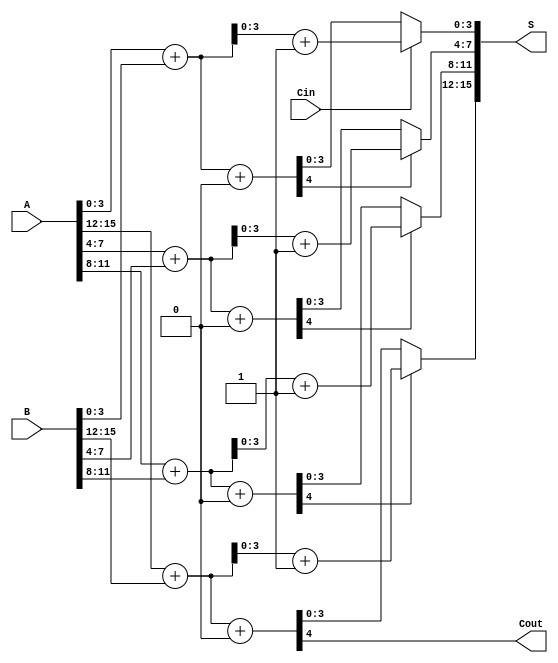
module han_carlson_adder #(parameter N = 16, parameter BLOCK_SIZE = 4) (
    input  [N-1:0] A,
    input  [N-1:0] B,
    input          Cin,
    output [N-1:0] S,
    output         Cout
);
    
    // Number of blocks
    localparam NUM_BLOCKS = N / BLOCK_SIZE;

    // Intermediate signals
    wire [BLOCK_SIZE-1:0] sum0 [0:NUM_BLOCKS-1];
    wire [BLOCK_SIZE-1:0] sum1 [0:NUM_BLOCKS-1];
    wire [NUM_BLOCKS-1:0] carry_out;
    wire [NUM_BLOCKS-1:0] carry_in;

    // Generate carry_in for each block
    assign carry_in[0] = Cin;

    // Generate sums for each block
    genvar i;
    generate
        for (i = 0; i < NUM_BLOCKS; i = i + 1) begin : block
            wire [BLOCK_SIZE-1:0] A_block = A[(i+1)*BLOCK_SIZE-1:i*BLOCK_SIZE];
            wire [BLOCK_SIZE-1:0] B_block = B[(i+1)*BLOCK_SIZE-1:i*BLOCK_SIZE];

            // Compute sum assuming carry-in = 0
            wire [BLOCK_SIZE:0] temp_sum0 = {1'b0, A_block} + {1'b0, B_block} + 1'b0;
            assign sum0[i] = temp_sum0[BLOCK_SIZE-1:0];
            assign carry_out[i] = temp_sum0[BLOCK_SIZE];

            // Compute sum assuming carry-in = 1
            wire [BLOCK_SIZE:0] temp_sum1 = {1'b0, A_block} + {1'b0, B_block} + 1'b1;
            assign sum1[i] = temp_sum1[BLOCK_SIZE-1:0];

            // Select the correct sum based on the carry-in
            if (i < NUM_BLOCKS - 1) begin
                assign carry_in[i + 1] = carry_out[i];
            end
        end
    endgenerate

    // Final sum selection
    generate
        for (i = 0; i < NUM_BLOCKS; i = i + 1) begin : final_sum
            assign S[(i+1)*BLOCK_SIZE-1:i*BLOCK_SIZE] = (carry_in[i] ? sum1[i] : sum0[i]);
        end
    endgenerate

    // Final carry-out
    assign Cout = carry_out[NUM_BLOCKS - 1];

endmodule